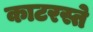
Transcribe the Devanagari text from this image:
काटरस्ते